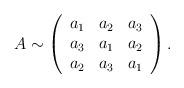
LaTeX: \begin{align*}A \sim \left(\begin{array}{ccc}a_1&a_2&a_3 \\a_3&a_1&a_2 \\a_2&a_3&a_1\end{array}\right).\end{align*}